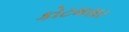
કોટમસર